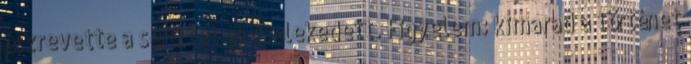
észrevette a sérültet és cselekedett. Figyelem: kimarad a történet